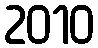
2010